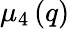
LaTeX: \mu_{4}\left(q\right)